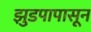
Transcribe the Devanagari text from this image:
झुडपापासून